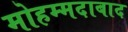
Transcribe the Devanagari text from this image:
मोहम्‍मदाबाद